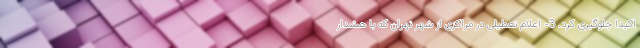
اکیدا جلوگیری کرد. 3- اعلام تعطیلی در مراکزی از شهر تهران که با هشدار